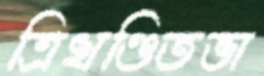
ত্রিখণ্ডিতভা